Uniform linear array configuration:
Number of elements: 12
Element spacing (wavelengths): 0.25
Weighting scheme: binomial
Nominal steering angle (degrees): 30
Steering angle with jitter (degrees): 29.501
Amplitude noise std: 0.05
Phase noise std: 0.05

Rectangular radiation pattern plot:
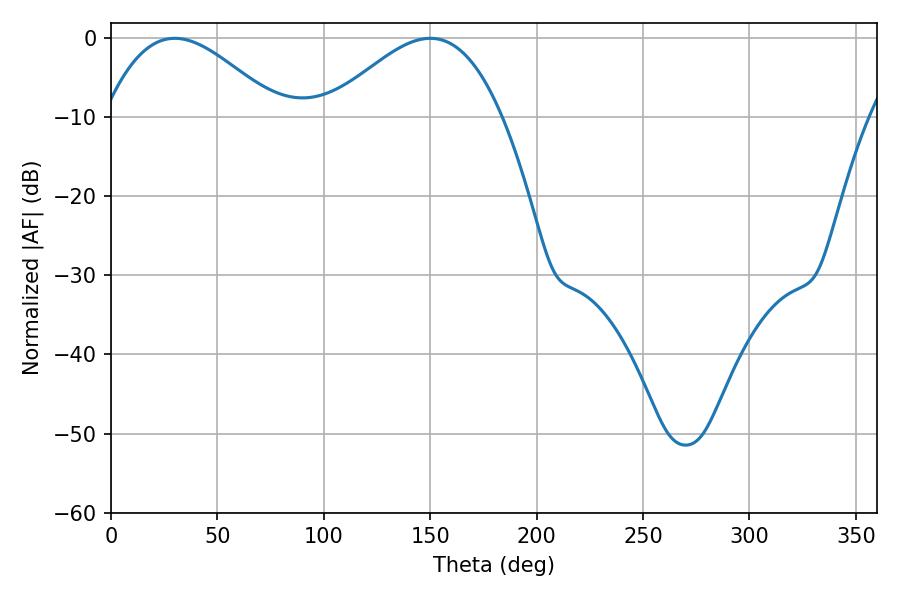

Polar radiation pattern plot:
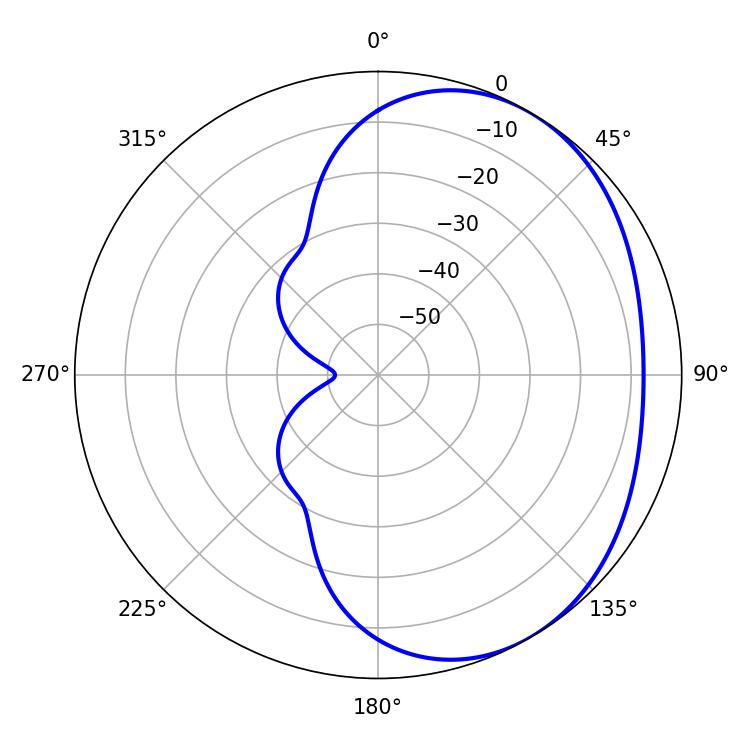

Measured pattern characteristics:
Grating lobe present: FALSE
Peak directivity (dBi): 3.165
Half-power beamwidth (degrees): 44.1
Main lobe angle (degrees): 30.06